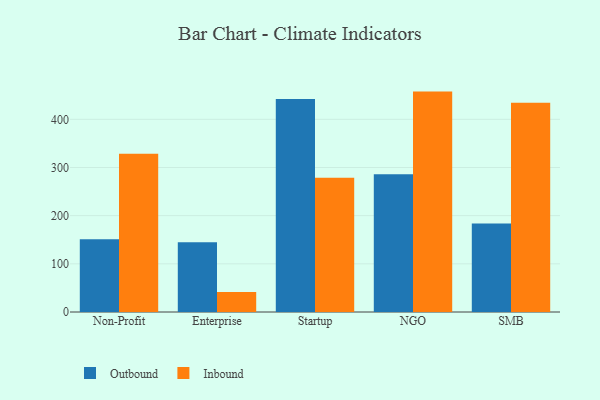
{"axis": {"x": "Segment", "y": "Market Share (%)"}, "legend": ["Inbound", "Outbound"], "data": [{"x": "Non-Profit", "y": 151.3, "type": "Outbound"}, {"x": "Non-Profit", "y": 328.7, "type": "Inbound"}, {"x": "Enterprise", "y": 144.6, "type": "Outbound"}, {"x": "Enterprise", "y": 41.4, "type": "Inbound"}, {"x": "Startup", "y": 442.4, "type": "Outbound"}, {"x": "Startup", "y": 278.5, "type": "Inbound"}, {"x": "NGO", "y": 286.0, "type": "Outbound"}, {"x": "NGO", "y": 457.6, "type": "Inbound"}, {"x": "SMB", "y": 183.7, "type": "Outbound"}, {"x": "SMB", "y": 434.2, "type": "Inbound"}]}